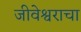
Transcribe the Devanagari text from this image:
जीवेश्वराचा